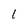
Character: 1